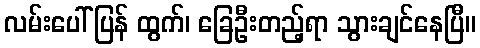
လမ်းပေါ်ပြန် ထွက်၊ ခြေဦးတည့်ရာ သွားချင်နေပြီ။